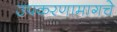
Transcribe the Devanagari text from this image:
उपकरणामागचे